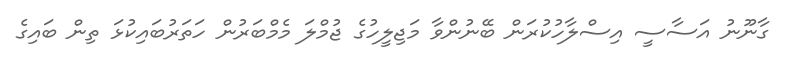
ގާނޫނު އަސާސީ އިސްލާހުކުރަން ބޭނުންވާ މަޖިލީހުގެ ޖުމްލަ މެމްބަރުން ހަތަރުބައިކުޅަ ތިން ބައިގެ